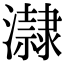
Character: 𤃀